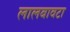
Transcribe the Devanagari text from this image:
लालबावटा